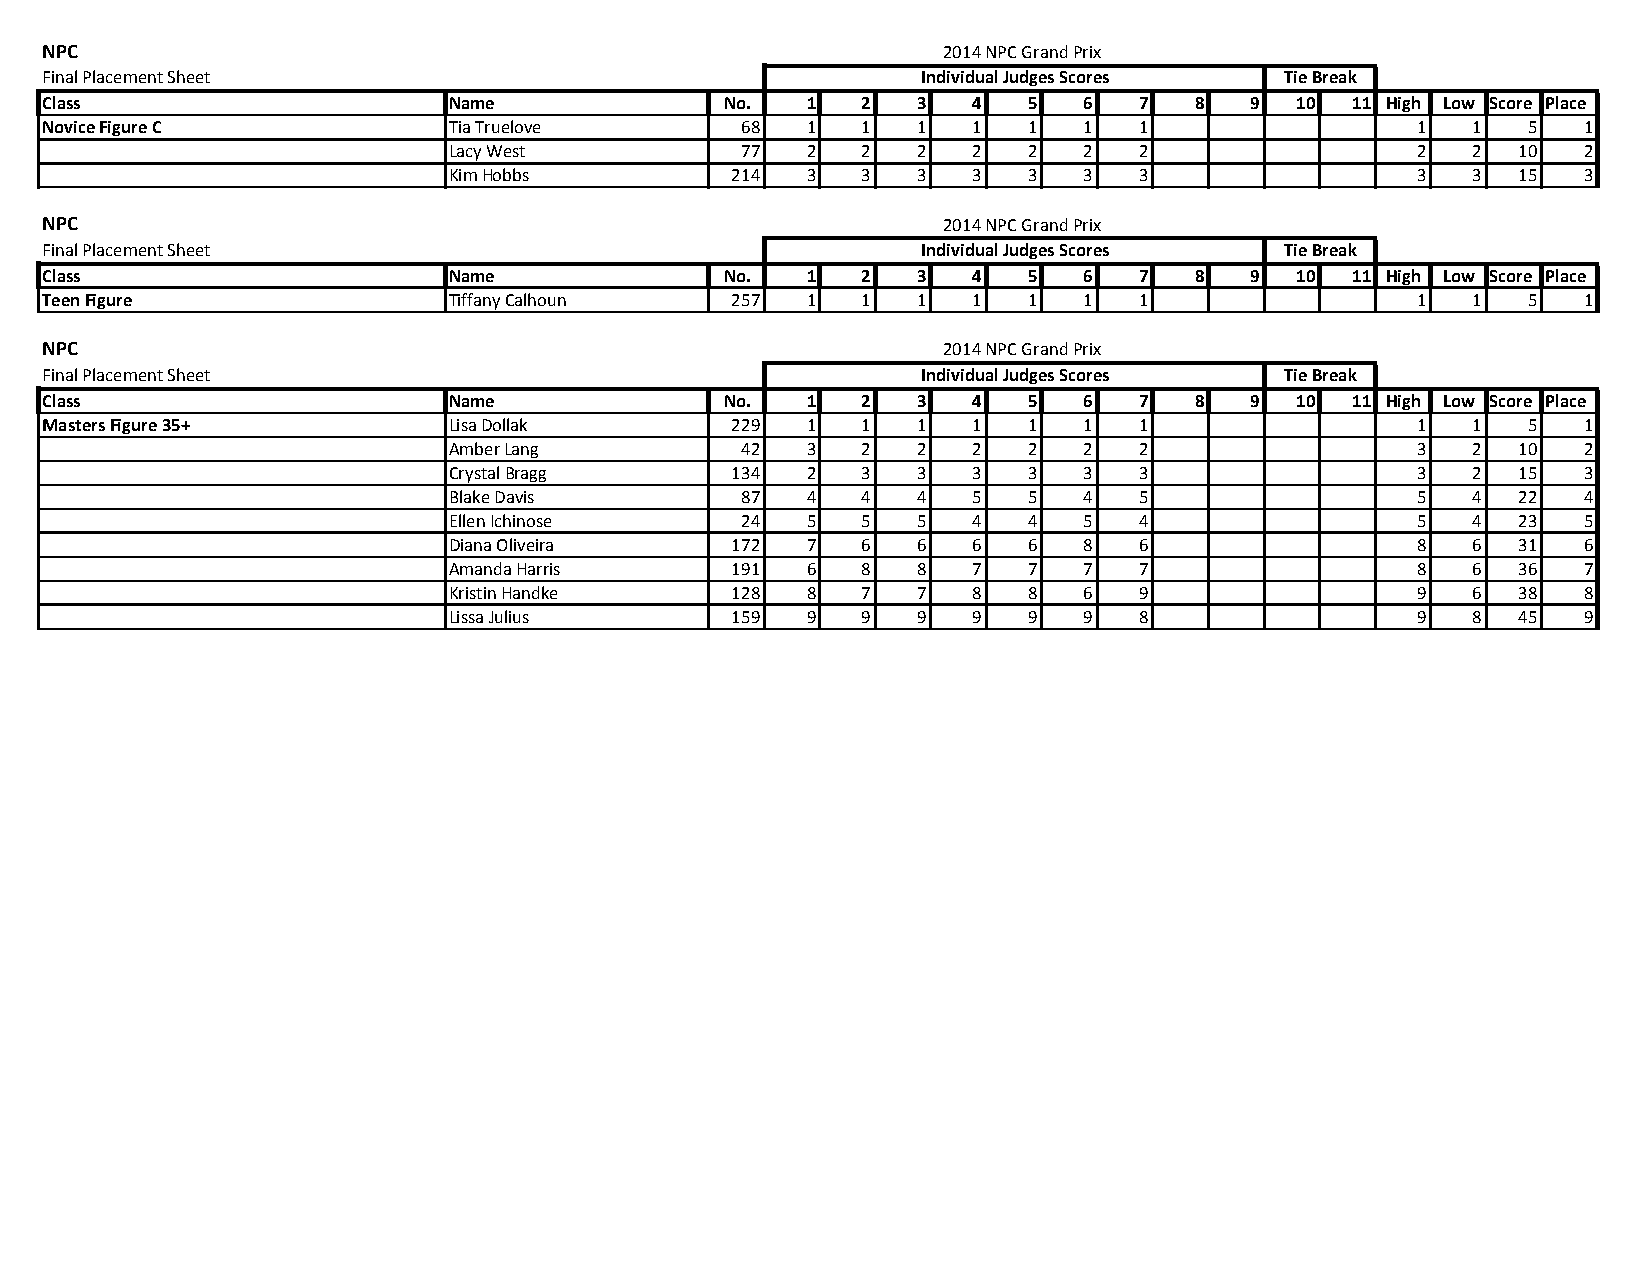
NPC                                                        2014 NPC Grand Prix
 Final Placement Sheet                                     Individual Judges Scores Tie Break
 Class                      Name              No.  1   2   3  4   5   6  7   8   9  10 11 High Low Score Place
 Novice Figure C            Tia Truelove       68  1   1   1  1   1   1  1                  1  1   5   1
 Lacy West          77  2   2   2  2   2   2  2                  2  2   10  2
 Kim Hobbs         214  3   3   3  3   3   3  3                  3  3   15  3
 NPC                                                        2014 NPC Grand Prix
 Final Placement Sheet                                     Individual Judges Scores Tie Break
 Class                      Name              No.  1   2   3  4   5   6  7   8   9  10 11 High Low Score Place
 Teen Figure                Tiffany Calhoun   257  1   1   1  1   1   1  1                  1  1   5   1
 NPC                                                        2014 NPC Grand Prix
 Final Placement Sheet                                     Individual Judges Scores Tie Break
 Class                      Name              No.  1   2   3  4   5   6  7   8   9  10 11 High Low Score Place
 Masters Figure 35+         Lisa Dollak       229  1   1   1  1   1   1  1                  1  1   5   1
 Amber Lang         42  3   2   2  2   2   2  2                  3  2   10  2
 Crystal Bragg     134  2   3   3  3   3   3  3                  3  2   15  3
 Blake Davis        87  4   4   4  5   5   4  5                  5  4   22  4
 Ellen Ichinose     24  5   5   5  4   4   5  4                  5  4   23  5
 Diana Oliveira    172  7   6   6  6   6   8  6                  8  6   31  6
 Amanda Harris     191  6   8   8  7   7   7  7                  8  6   36  7
 Kristin Handke    128  8   7   7  8   8   6  9                  9  6   38  8
 Lissa Julius      159  9   9   9  9   9   9  8                  9  8   45  9